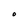
Character: O